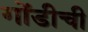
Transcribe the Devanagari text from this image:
गोंडीची